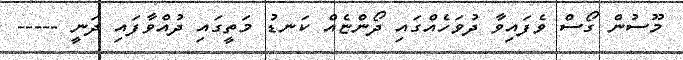
މޫސުން ގޯސް ވެފައިވާ ދުވަހެއްގައި ދޯންޏެއް ކަނޑު މަތީގައި ދުއްވާފައި ދަނީ -----